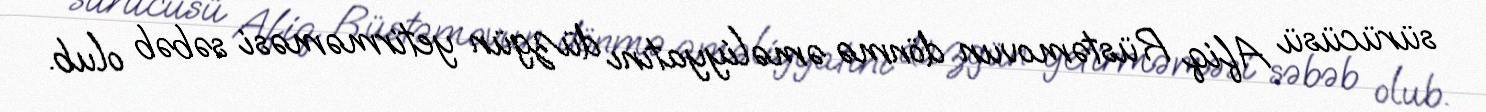
sürücüsü Afiq Rüstəmovun dönmə əməliyyatını düzgün yetirməməsi səbəb olub.